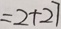
= 2 + 2 7